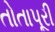
તોતાપૂરી